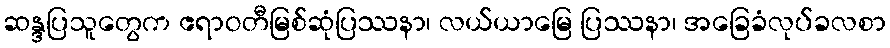
ဆန္ဒပြသူတွေက ဧရာဝတီမြစ်ဆုံပြဿနာ၊ လယ်ယာမြေ ပြဿနာ၊ အခြေခံလုပ်ခလစာ